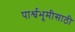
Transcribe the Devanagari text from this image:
पार्श्वभूमीसाठी